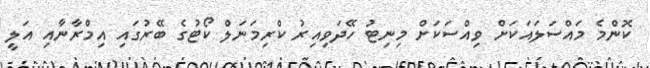
ކޮންމެ މައްސަލައަކަށް ވިއްސަކަށް މިނިޓު ހޭދަވިއިރު ކްރިމަނަލް ކޯޓުގެ ބޭރުގައި އިމްރާނާއި އަލީ